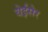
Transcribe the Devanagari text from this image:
येईसेर